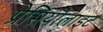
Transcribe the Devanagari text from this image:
प्रेसियोलाइट